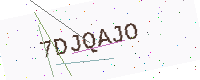
Text: 7DJQAJO